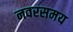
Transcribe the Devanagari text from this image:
नवरसमय